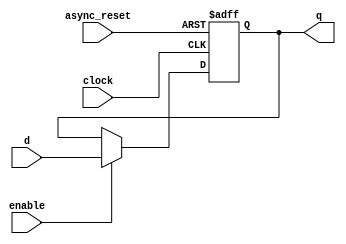
module dff(
  input clock,
  input [WIDTH-1:0] d,
  input async_reset,
  input enable,
  output reg [WIDTH-1:0] q
);
    parameter WIDTH = 1;
    parameter INIT = {WIDTH{1'b0}};

    initial q = INIT;

    always @ (posedge clock or posedge async_reset)
        if (async_reset) begin
            q <= INIT;
        end else if (enable == 1) begin
            q <= d;
        end
endmodule